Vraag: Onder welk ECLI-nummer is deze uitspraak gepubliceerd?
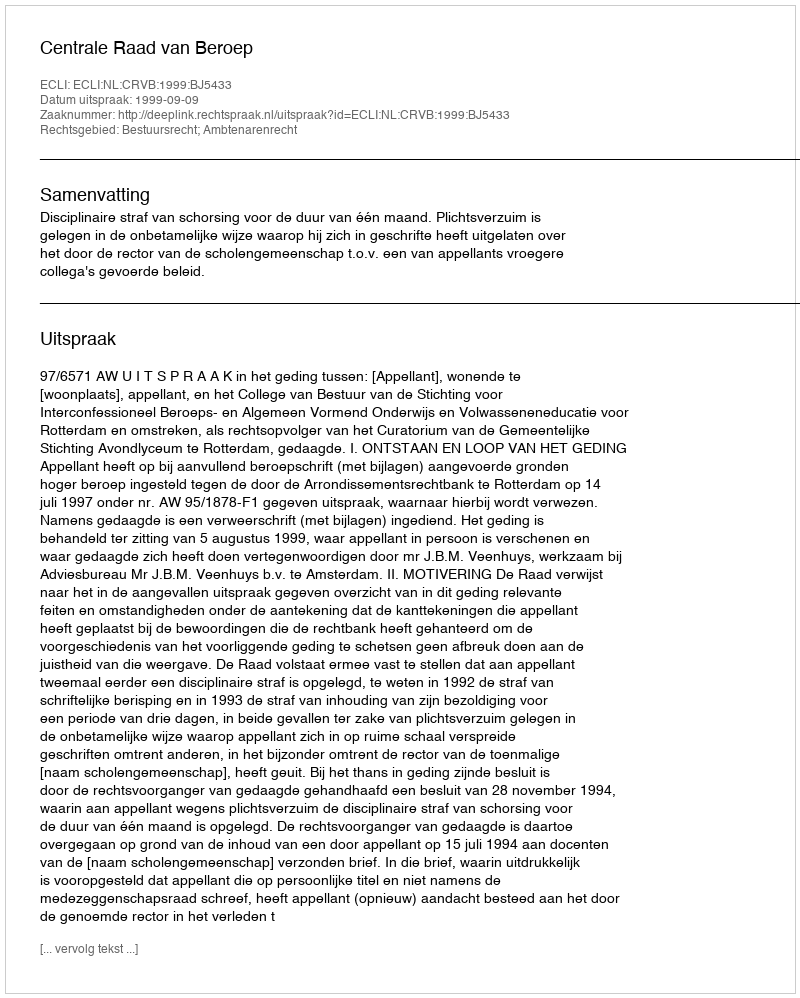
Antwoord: ECLI:NL:CRVB:1999:BJ5433